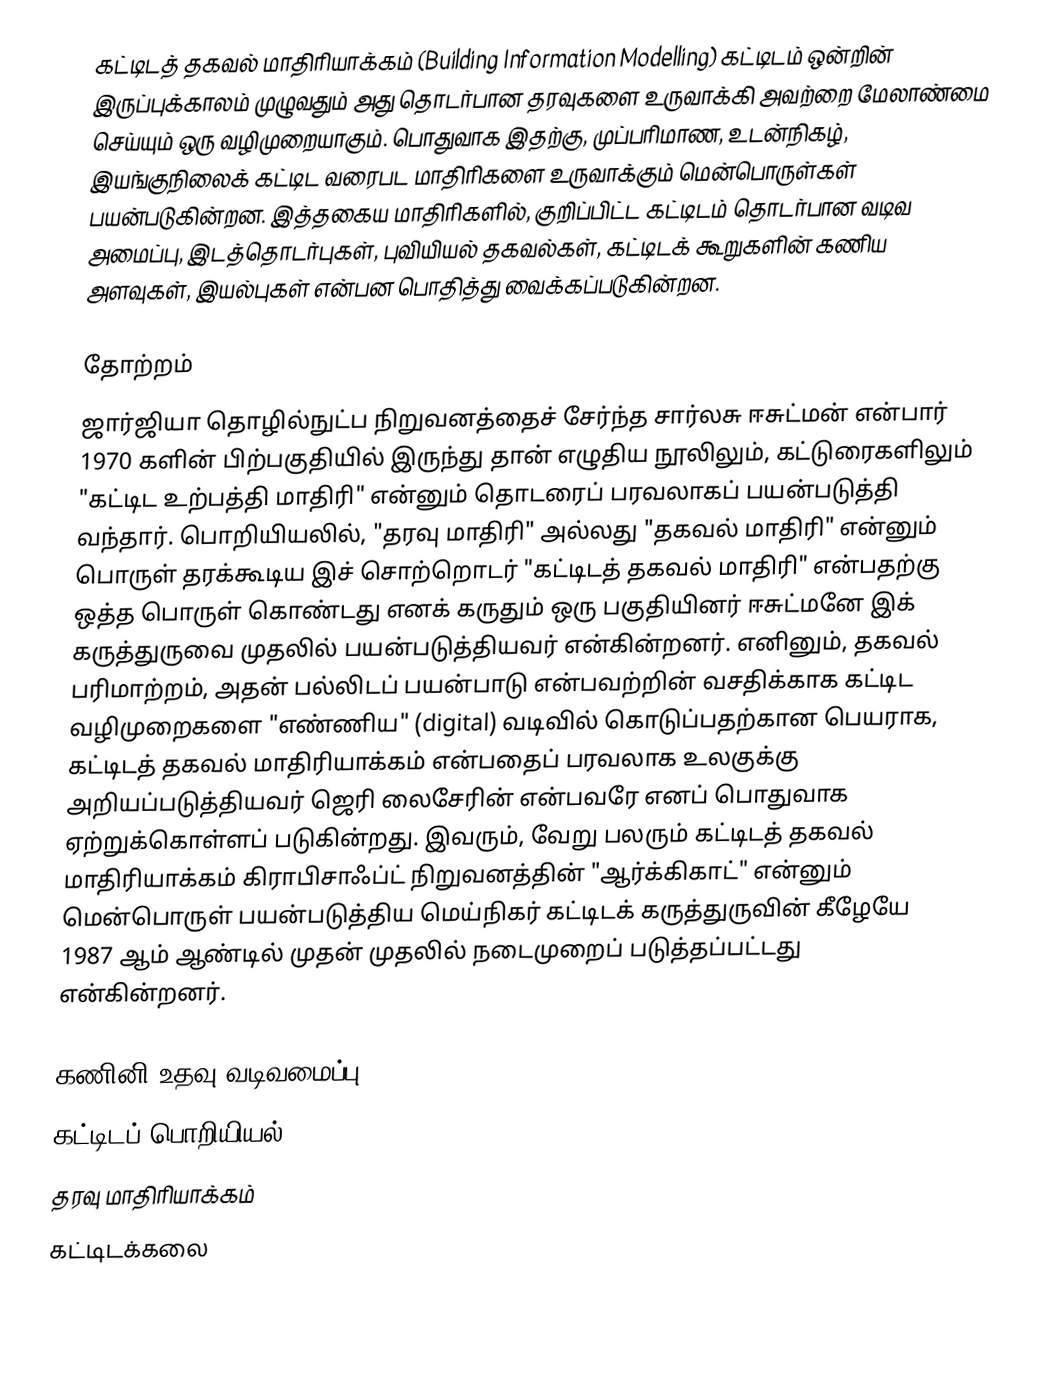
கட்டிடத் தகவல் மாதிரியாக்கம் (Building Information Modelling) கட்டிடம் ஒன்றின் இருப்புக்காலம் முழுவதும் அது தொடர்பான தரவுகளை உருவாக்கி அவற்றை மேலாண்மை செய்யும் ஒரு வழிமுறையாகும். பொதுவாக இதற்கு, முப்பரிமாண, உடன்நிகழ், இயங்குநிலைக் கட்டிட வரைபட மாதிரிகளை உருவாக்கும் மென்பொருள்கள் பயன்படுகின்றன. இத்தகைய மாதிரிகளில், குறிப்பிட்ட கட்டிடம் தொடர்பான வடிவ அமைப்பு, இடத்தொடர்புகள், புவியியல் தகவல்கள், கட்டிடக் கூறுகளின் கணிய அளவுகள், இயல்புகள் என்பன பொதித்து வைக்கப்படுகின்றன.

தோற்றம்
ஜார்ஜியா தொழில்நுட்ப நிறுவனத்தைச் சேர்ந்த சார்லசு ஈசுட்மன் என்பார் 1970 களின் பிற்பகுதியில் இருந்து தான் எழுதிய நூலிலும், கட்டுரைகளிலும் "கட்டிட உற்பத்தி மாதிரி" என்னும் தொடரைப் பரவலாகப் பயன்படுத்தி வந்தார். பொறியியலில், "தரவு மாதிரி" அல்லது "தகவல் மாதிரி" என்னும் பொருள் தரக்கூடிய இச் சொற்றொடர் "கட்டிடத் தகவல் மாதிரி" என்பதற்கு ஒத்த பொருள் கொண்டது எனக் கருதும் ஒரு பகுதியினர் ஈசுட்மனே இக் கருத்துருவை முதலில் பயன்படுத்தியவர் என்கின்றனர். எனினும், தகவல் பரிமாற்றம், அதன் பல்லிடப் பயன்பாடு என்பவற்றின் வசதிக்காக கட்டிட வழிமுறைகளை "எண்ணிய" (digital) வடிவில் கொடுப்பதற்கான பெயராக, கட்டிடத் தகவல் மாதிரியாக்கம் என்பதைப் பரவலாக உலகுக்கு அறியப்படுத்தியவர் ஜெரி லைசேரின் என்பவரே எனப் பொதுவாக ஏற்றுக்கொள்ளப் படுகின்றது. இவரும், வேறு பலரும் கட்டிடத் தகவல் மாதிரியாக்கம் கிராபிசாஃப்ட் நிறுவனத்தின் "ஆர்க்கிகாட்" என்னும் மென்பொருள் பயன்படுத்திய மெய்நிகர் கட்டிடக் கருத்துருவின் கீழேயே 1987 ஆம் ஆண்டில் முதன் முதலில் நடைமுறைப் படுத்தப்பட்டது என்கின்றனர்.

கணினி உதவு வடிவமைப்பு
கட்டிடப் பொறியியல்
தரவு மாதிரியாக்கம்
கட்டிடக்கலை